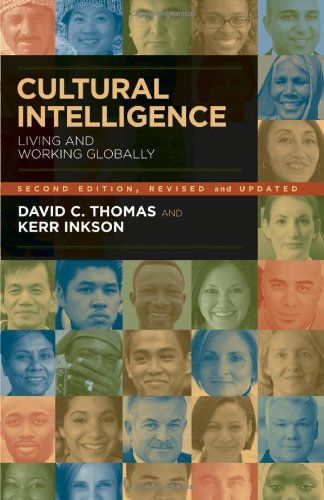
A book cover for Cultural Intelligence: People Skills for Global Business; David C Thomas; Business & Money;